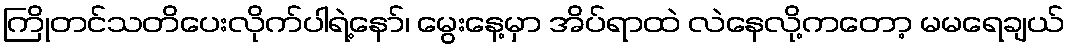
ကြိုတင်သတိပေးလိုက်ပါရဲ့နော်၊ မွေးနေ့မှာ အိပ်ရာထဲ လဲနေလို့ကတော့ မမရေချယ်